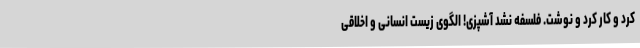
کرد و کار کرد و نوشت. فلسفه نشد آشپزی! الگوی زیست انسانی و اخلاقی